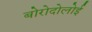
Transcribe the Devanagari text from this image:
बोरोदोलोई